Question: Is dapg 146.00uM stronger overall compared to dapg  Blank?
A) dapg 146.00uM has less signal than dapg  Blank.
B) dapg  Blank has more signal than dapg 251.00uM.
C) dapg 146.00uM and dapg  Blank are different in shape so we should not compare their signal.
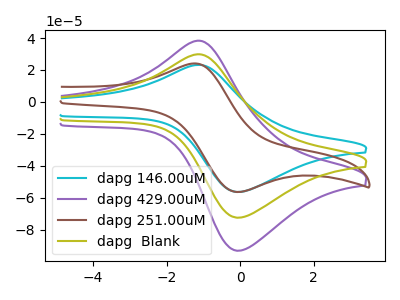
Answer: <think>The cyan curve "dapg 146.00uM" has an anodic peak at (-1.20V, 23.15uA) and a cathodic peak at (0.00V, -56.35uA). The purple curve "dapg 429.00uM" has an anodic peak at (-1.20V, 59.55uA) and a cathodic peak at (0.00V, -144.85uA). The brown curve "dapg 251.00uM" has an anodic peak at (-1.25V, 24.05uA) and a cathodic peak at (-0.10V, -56.35uA). The olive curve "dapg  Blank" has an anodic peak at (-1.20V, 29.75uA) and a cathodic peak at (0.00V, -72.45uA).
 All the peaks in "dapg 146.00uM" have a peak in "dapg  Blank" at the same potential. Every peak in "dapg 146.00uM" is lower than every peak in "dapg  Blank".</think>
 <answer>A) "dapg 146.00uM" has less signal than "dapg  Blank".</answer>
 <eval>A</eval>